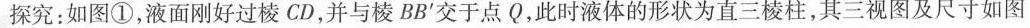
探究：如图①，液面刚好过棱CD，并与棱BB'交于点Q，此时液体的形状为直三棱柱，其三视图及尺寸如图